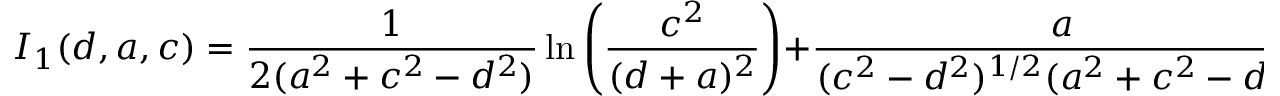
I _ { 1 } ( d , a , c ) = { \frac { 1 } { 2 ( a ^ { 2 } + c ^ { 2 } - d ^ { 2 } ) } } \ln \left( { \frac { c ^ { 2 } } { ( d + a ) ^ { 2 } } } \right) + { \frac { a } { ( c ^ { 2 } - d ^ { 2 } ) ^ { 1 / 2 } ( a ^ { 2 } + c ^ { 2 } - d ^ { 2 } ) } } \arctan \left( { \frac { ( c ^ { 2 } - d ^ { 2 } ) ^ { 1 / 2 } } { d } } \right)